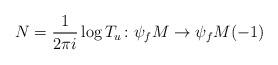
LaTeX: \begin{align*}N = \frac{1}{2\pi i} \log T_u \colon \psi_f M \to \psi_f M(-1)\end{align*}